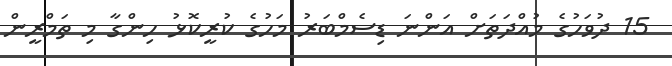
15 ދުވަހުގެ މުއްދަތަށް އަންނަ ޑިސެމްބަރު މަހުގެ ކުރީކޮޅު ހިންގާ މި ތަމްރީން